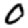
Digit: 0